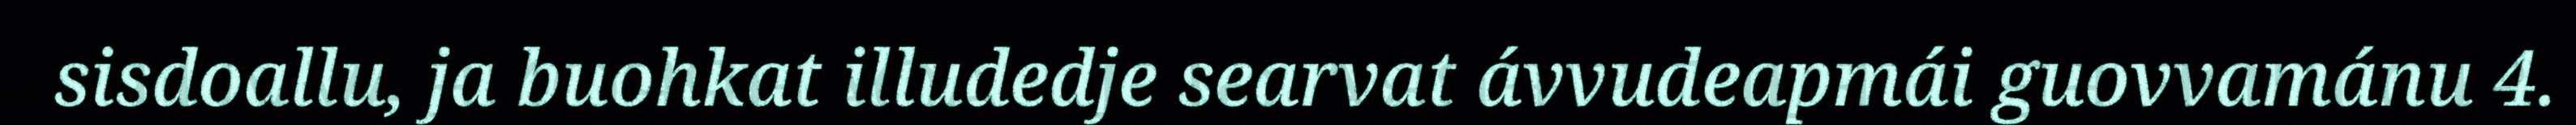
sisdoallu, ja buohkat illudedje searvat ávvudeapmái guovvamánu 4.